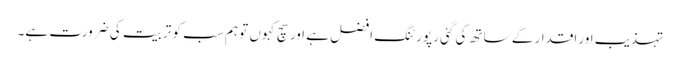
تہذیب اور اقدار کے ساتھ کی گئی رپورٹنگ افضل ہے اور سچ کہوں تو ہم سب کو تربیت کی ضرورت ہے۔